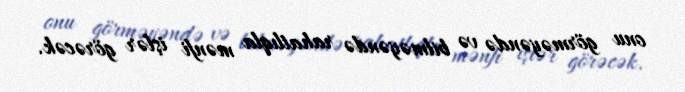
onu görməyəndə və bilməyəndə rahatlıqla mənfi işlər görəcək.